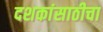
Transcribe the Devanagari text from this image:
दशकांसाठीचा